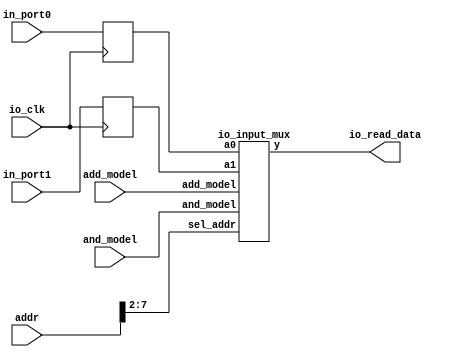
module io_input(
	addr,io_clk,io_read_data,in_port0,in_port1,and_model,add_model
);
	input 	[31:0] 	addr;
	input 			io_clk,and_model,add_model;
	input 	[31:0] 	in_port0,in_port1;
	output 	[31:0] 	io_read_data;
	
	reg 	[31:0] 	in_reg0;
	reg 	[31:0] 	in_reg1;
	
	io_input_mux io_imput_mux2x32(in_reg0,in_reg1,addr[7:2],io_read_data,and_model,add_model);
	
	always @(posedge io_clk)
	begin
		in_reg0 <= in_port0;
		in_reg1 <= in_port1;
	end
endmodule

module io_input_mux(a0,a1,sel_addr,y,and_model,add_model);
	input 	[31:0]	a0,a1;
	input 	[ 5:0]	sel_addr;
	input             and_model,add_model;
	output 	[31:0]	y;
	reg 	[31:0] 	y;
	always @ *
		begin
		case (sel_addr)
			6'b100000: y = a0; // 128
			6'b100001: y = a1; // 132
			6'b100011: y = and_model; // 140
			6'b100100: y = add_model; // 144
		endcase
		end
endmodule